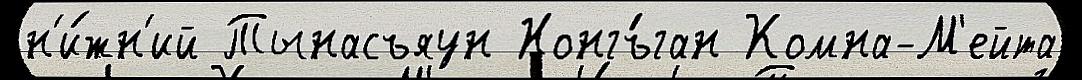
н'и́жн'ий Тынасъяун Нонгъ́ган Комна-М'ейта